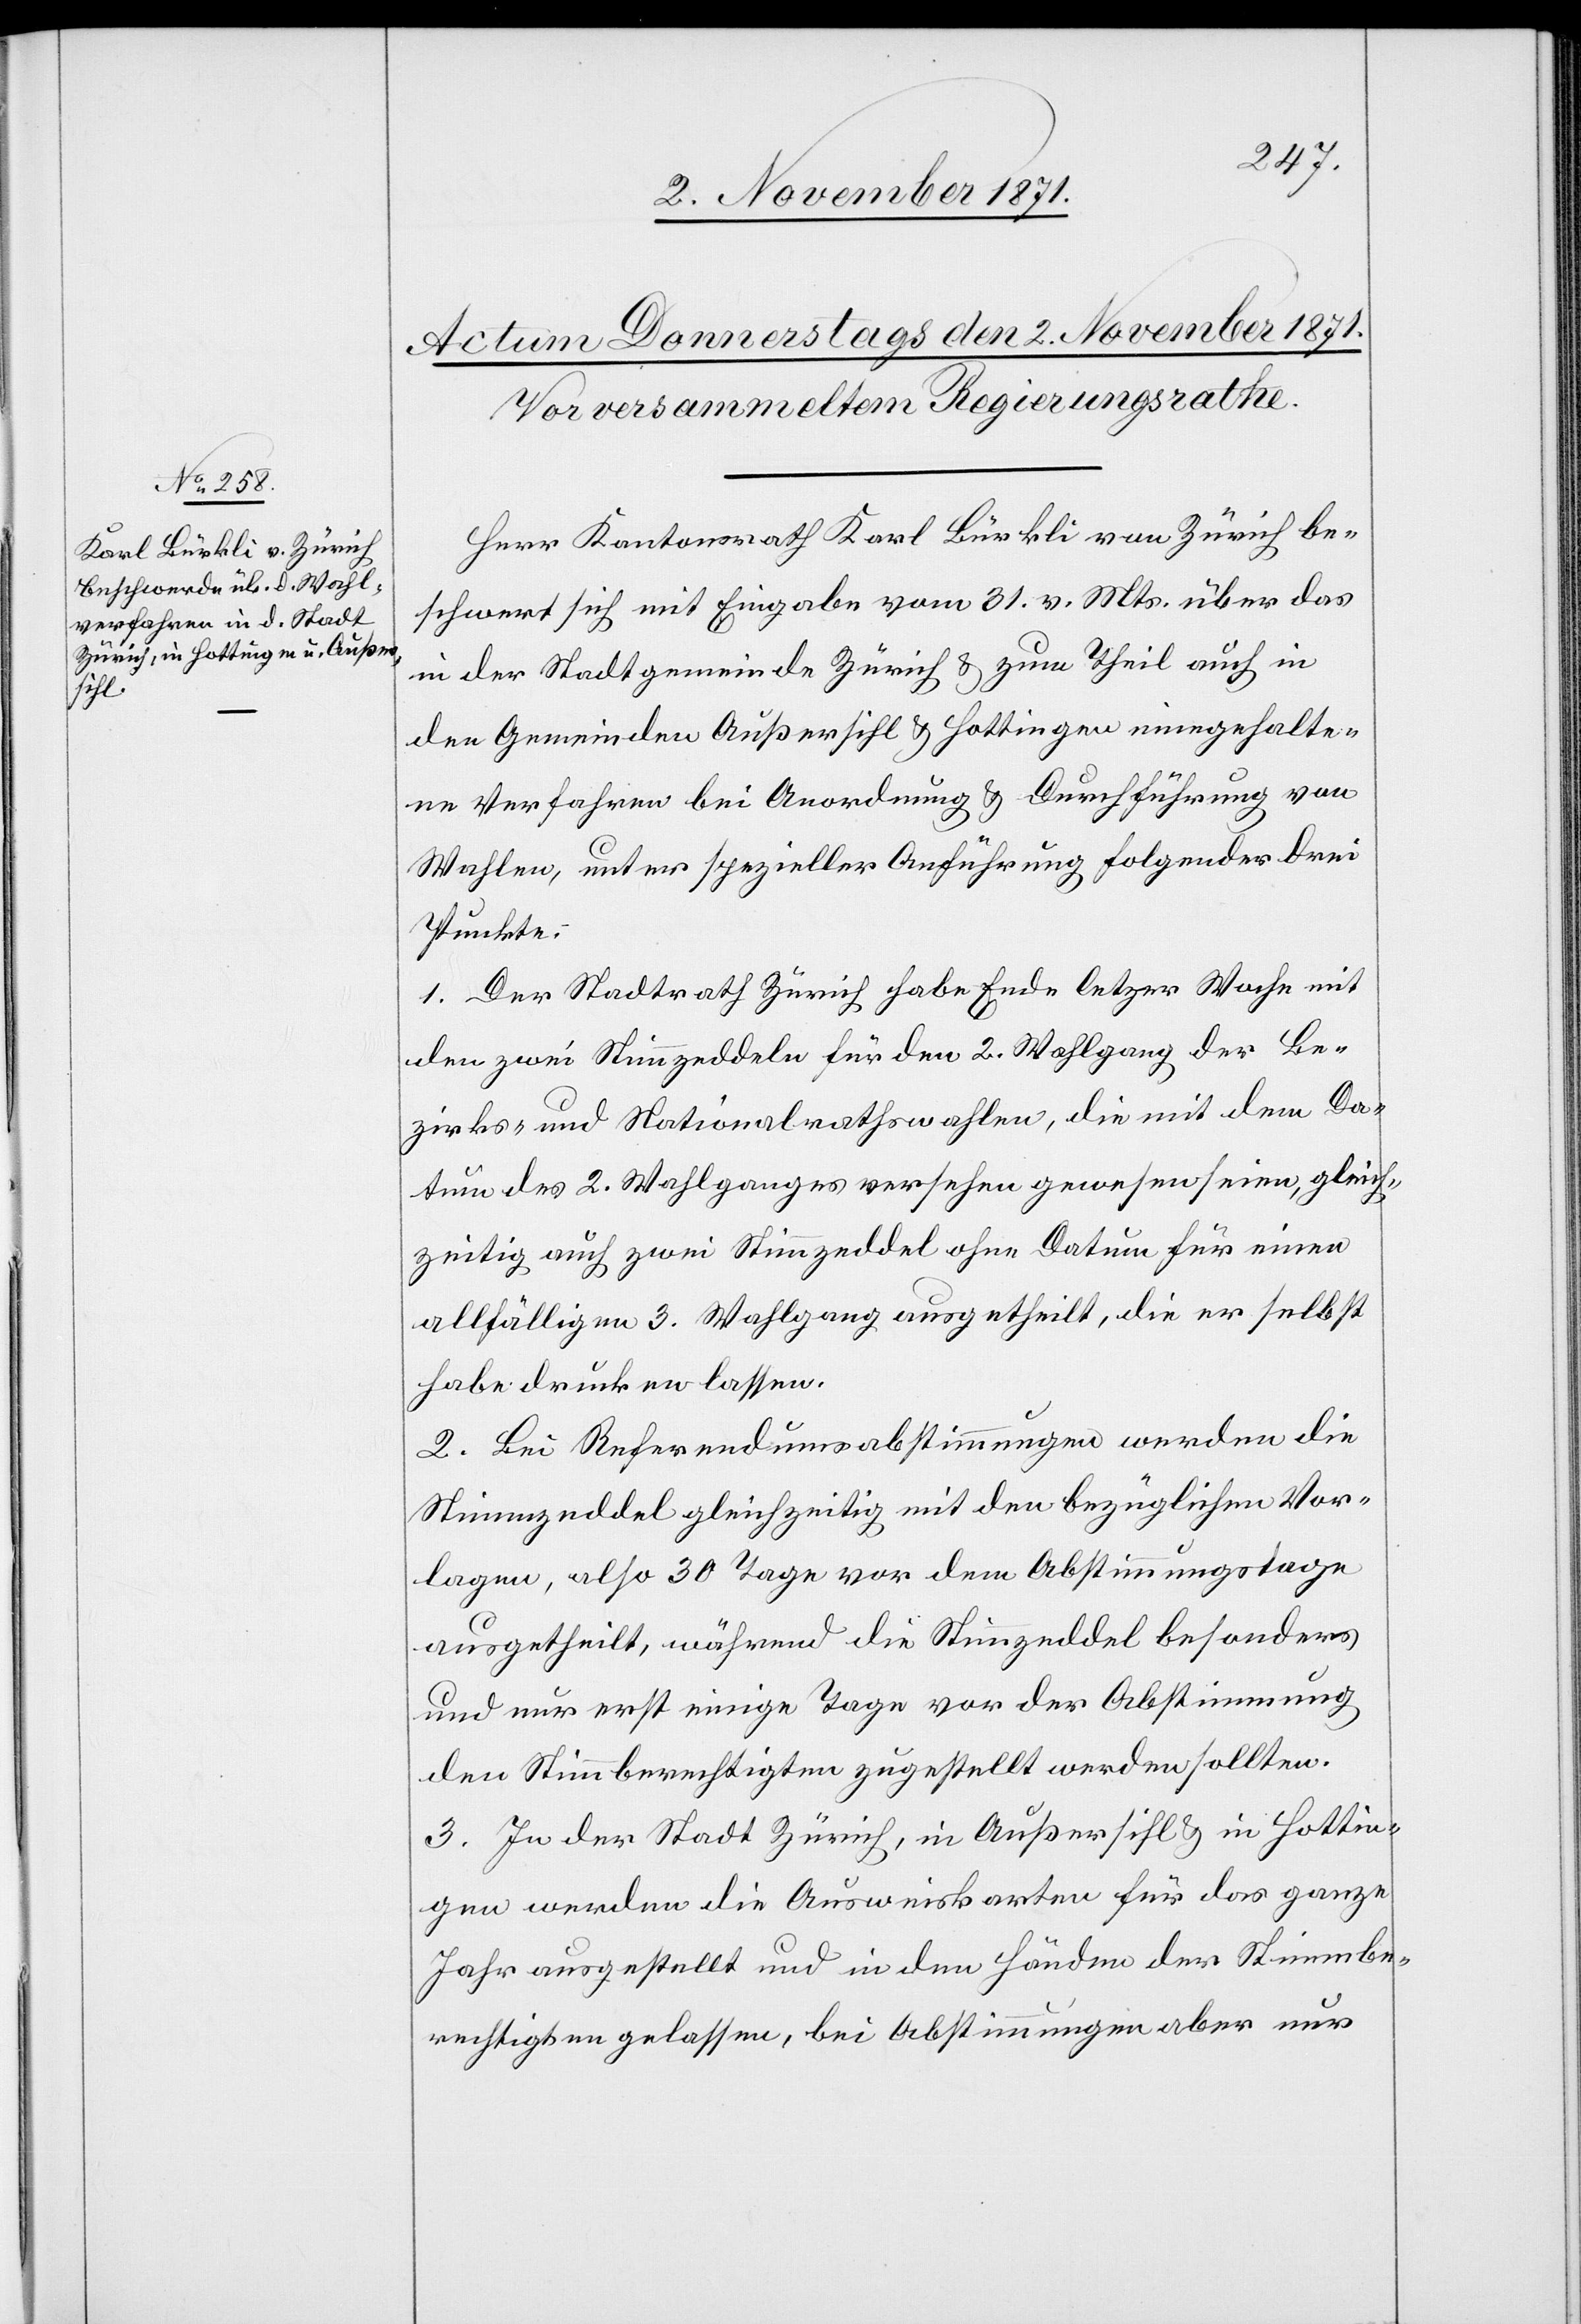
Herr Kantonsrath Karl Bürkli von Zürich be¬
schwert sich mit Eingabe vom 31. v. Mts. über das
in der Stadtgemeinde Zürich & zum Theil auch in
den Gemeinden Außersihl & Hottingen eingehalte¬
ne Verfahren bei Anordnung & Durchführung von
Wahlen, unter spezieller Anführung folgender drei
Punkte:
1. Der Stadtrath Zürich habe Ende letzter Woche mit
den zwei Stimmzeddeln für den 2. Wahlgang der Be¬
zirks- und Nationalrathswahlen, die mit dem Da¬
tum des 2. Wahlganges versehen gewesen seien, gleich¬
zeitig auch zwei Stimmzeddel ohne Datum für einen
allfälligen 3. Wahlgang ausgetheilt, die er selbst
habe drucken lassen.
2. Bei Referendumsabstimmungen werden die
Stimmzeddel gleichzeitig mit den bezüglichen Vor¬
lagen, also 30 Tage vor dem Abstimmungstage
ausgetheilt, während die Stimmzeddel besonders
und nur erst einige Tage vor der Abstimmung
den Stimmberechtigten zugestellt werden sollten.
3. In der Stadt Zürich, in Außersihl & in Hottin¬
gen werden die Ausweiskarten für das ganze
Jahr ausgestellt und in den Händen der Stimmbe¬
rechtigten gelassen, bei Abstimmungen aber nur